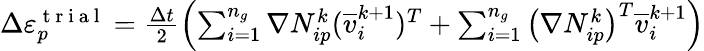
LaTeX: \begin{array}{r}{\Delta\varepsilon_{p}^{\mathrm{~t~r~i~a~l~}}=\frac{\Delta t}{2}\left(\sum_{i=1}^{n_{g}}\nabla N_{ip}^{k}(\overline{{v}}_{i}^{k+1})^{T}+\sum_{i=1}^{n_{g}}\big(\nabla N_{ip}^{k}\big)^{T}\overline{{v}}_{i}^{k+1}\right)}\end{array}